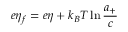
e \eta _ { f } = e \eta + k _ { B } T \ln \frac { a _ { + } } { c }